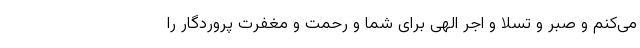
می‌کنم و صبر و تسلّا و اجر الهی برای شما و رحمت و مغفرت پروردگار را